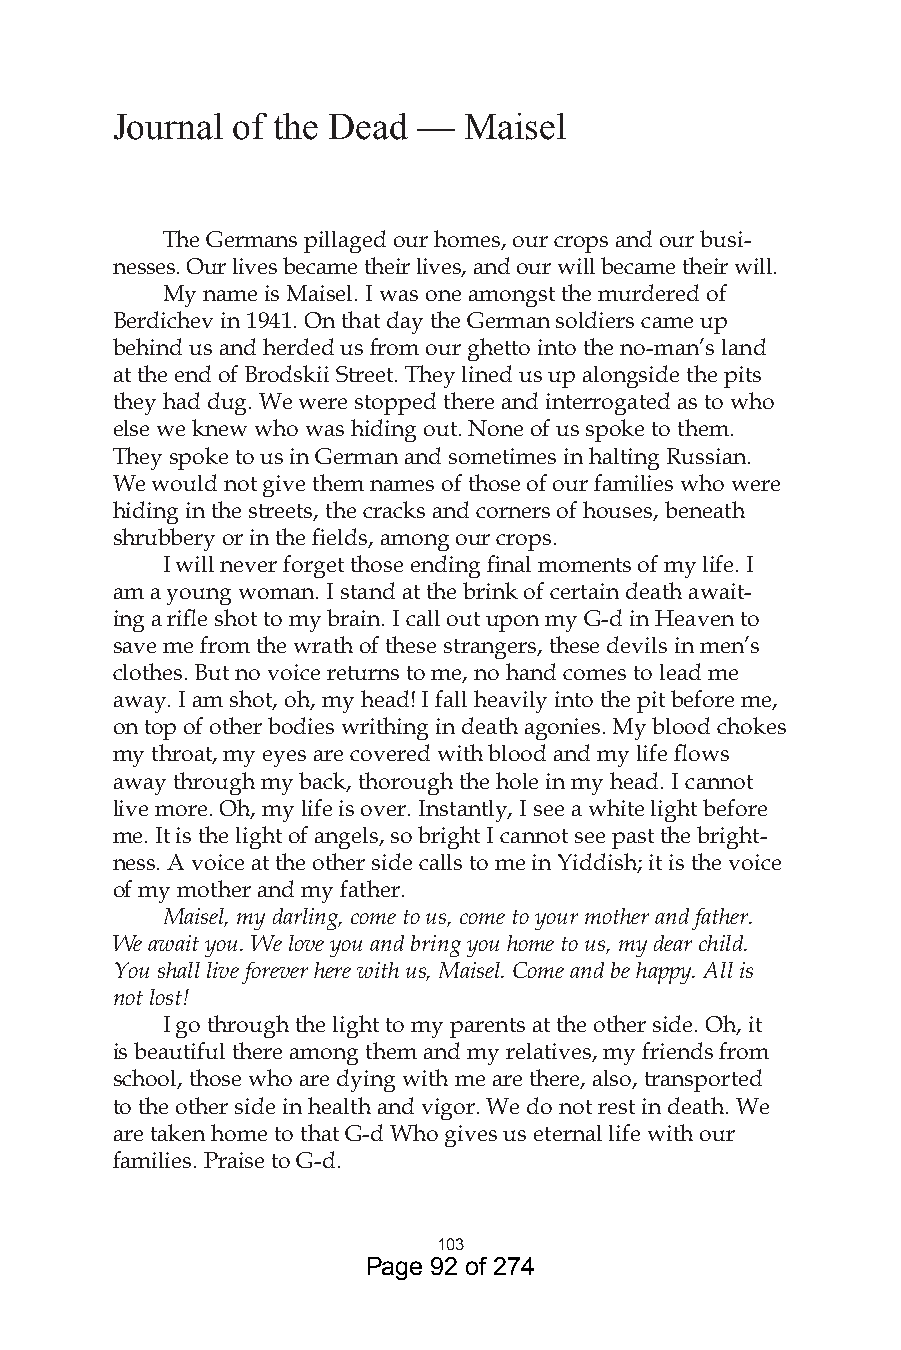
Journal of the Dead  —  Maisel
 The Germans pillaged our homes, our crops and our busi-
 nesses. Our lives became their lives, and our will became their will.
 My name is Maisel. I was one amongst the murdered of
 Berdichev in 1941. On that day the German soldiers came up
 behind us and herded us from our ghetto into the no-man’s land
 at the end of Brodskii Street. They lined us up alongside the pits
 they had dug. We were stopped there and interrogated as to who
 else we knew who was hiding out. None of us spoke to them.
 They spoke to us in German and sometimes in halting Russian.
 We would not give them names of those of our families who were
 hiding in the streets, the cracks and corners of houses, beneath
 shrubbery or in the fields, among our crops.
 I will never forget those ending final moments of my life. I
 am a young woman. I stand at the brink of certain death await-
 ing a rifle shot to my brain. I call out upon my G-d in Heaven to
 save me from the wrath of these strangers, these devils in men’s
 clothes. But no voice returns to me, no hand comes to lead me
 away. I am shot, oh, my head! I fall heavily into the pit before me,
 on top of other bodies writhing in death agonies. My blood chokes
 my throat, my eyes are covered with blood and my life flows
 away through my back, thorough the hole in my head. I cannot
 live more. Oh, my life is over. Instantly, I see a white light before
 me. It is the light of angels, so bright I cannot see past the bright-
 ness. A voice at the other side calls to me in Yiddish; it is the voice
 of my mother and my father.
 Maisel, my darling, come to us, come to your mother and father.
 We await you. We love you and bring you home to us, my dear child.
 You shall live forever here with us, Maisel. Come and be happy. All is
 not lost!
 I go through the light to my parents at the other side. Oh, it
 is beautiful there among them and my relatives, my friends from
 school, those who are dying with me are there, also, transported
 to the other side in health and vigor. We do not rest in death. We
 are taken home to that G-d Who gives us eternal life with our
 families. Praise to G-d.
 0
 Page 92 of 274